Annual report of the Bengal Veterinary College and of the Civil Veterinary Department, Bengal, for the year 1917-18 - 1917-1918
Year: 1917
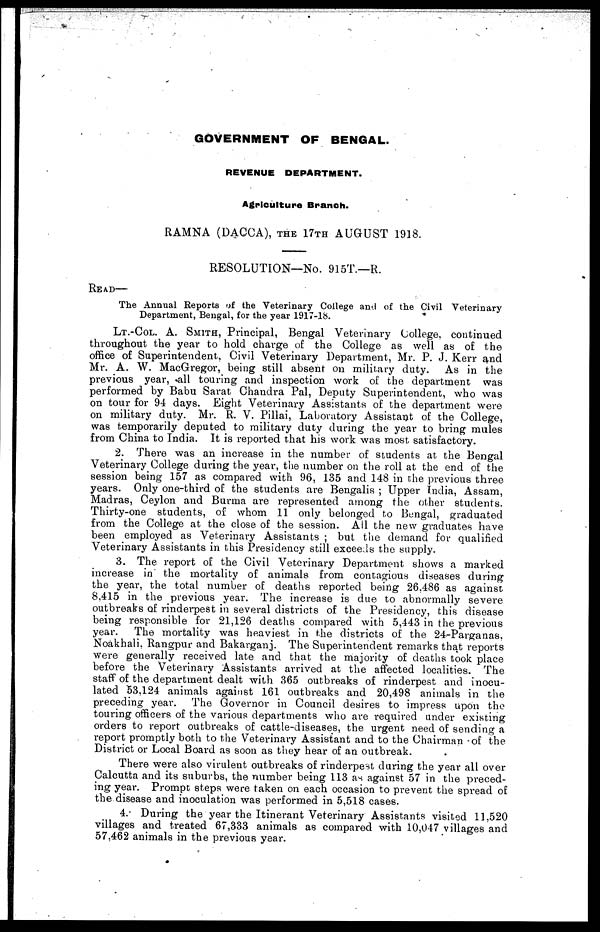
GOVERNMENT OF BENGAL.
REVENUE DEPARTMENT.
Agriculture Branch.
RAMNA (DACCA), THE 17TH AUGUST 1918.
RESOLUTION—No. 915T.—R.
READ—
The Annual Reports of the Veterinary College and of the Civil Veterinary
Department, Bengal, for the year 1917-18.
LT.-COL. A. SMITH, Principal, Bengal Veterinary College, continued
throughout the year to hold charge of the College as well as of the
office of Superintendent, Civil Veterinary Department, Mr. P. J. Kerr and
Mr. A. W. MacGregor, being still absent on military duty.
As in the
previous year, all touring and inspection work of the department was
performed by Babu Sarat Chandra Pal, Deputy Superintendent, who was
on tour for 94 days. Eight Veterinary Assistants of the department were
on military duty. Mr. R. V. Pillai, Laboratory Assistant of the College,
was temporarily deputed to military duty during the year to bring mules
from China to India. It is reported that his work was most satisfactory.
2. There was an increase in the number of students at the Bengal
Veterinary College during the year, the number on the roll at the end of the
session being 157 as compared with 96, 135 and 148 in the previous three
years. Only one-third of the students are Bengalis ; Upper India, Assam,
Madras, Ceylon and Burma are represented among the other students.
Thirty-one students, of whom 11 only belonged to Bengal, graduated
from the College at the close of the session. All the new graduates have
been employed as Veterinary Assistants ; but the demand for qualified
Veterinary Assistants in this Presidency still exceeds the supply.
3. The report of the Civil Veterinary Department shows a marked
increase in the mortality of animals from contagious diseases during
the year, the total number of deaths reported being 26,486 as against
8,415 in the previous year. The increase is due to abnormally severe
outbreaks of rinderpest in several districts of the Presidency, this disease
being responsible for 21,126 deaths compared with 5,443 in the previous
year.
The mortality was heaviest in the districts of the 24-Parganas,
Noakhali, Rangpur and Bakarganj. The Superintendent remarks that reports
were generally received late and that the majority of deaths took place
before the Veterinary Assistants arrived at the affected localities. The
staff of the department dealt with 365 outbreaks of rinderpest and inocu-
lated 53,124 animals against 161 outbreaks and 20,498 animals in the
preceding year.
The Governor in Council desires to impress upon the
touring officers of the various departments who are required under existing
orders to report outbreaks of cattle-diseases, the urgent need of sending a
report promptly both to the Veterinary Assistant and to the Chairman of the
District or Local Board as soon as they hear of an outbreak.
There were also virulent outbreaks of rinderpest during the year all over
Calcutta and its suburbs, the number being 113 as against 57 in the preced-
ing year. Prompt steps were taken on each occasion to prevent the spread of
the disease and inoculation was performed in 5,518 cases.
4. During the year the Itinerant Veterinary Assistants visited 11,520
villages and treated 67,333 animals as compared with 10,047 villages and
57,462 animals in the previous year.